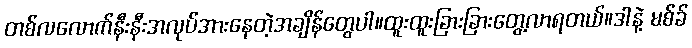
တစ်လလောက်နီးနီးအလုပ်အားနေတဲ့အချိန်တွေပါ။ထူးထူးခြားခြားတွေ့လာရတယ်။ဒါနဲ့ မစ်ခ်